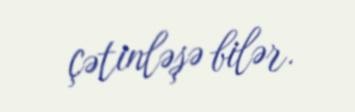
çətinləşə bilər.